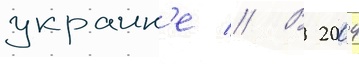
украин'е // В 2004